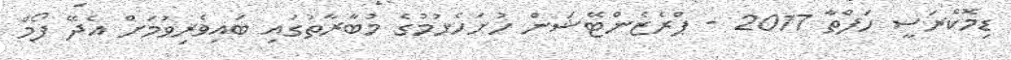
ޑިމޮކްރަސީ ހަފްތާ 2017 - ޕްރެޒެންޓޭޝަން ހުށަހެޅުމުގެ މުބާރާތުގައި ބައިވެރިވުމަށް އެދޭ ފޯމް